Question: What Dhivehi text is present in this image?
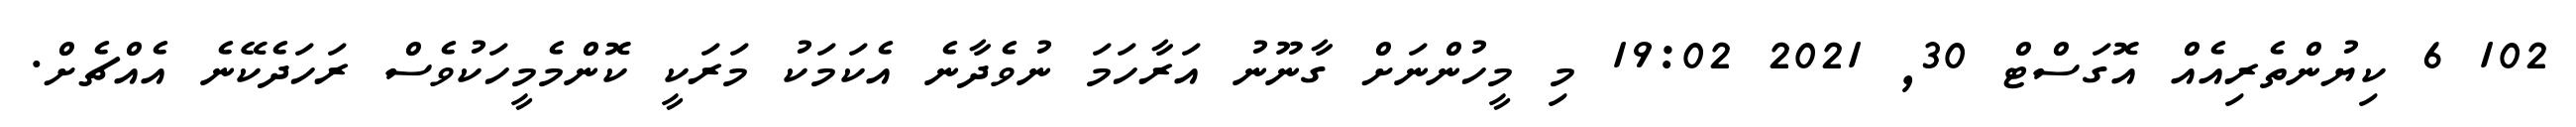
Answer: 102 6 ކިޔުންތެރިއެއް އޮގަސްޓް 30, 2021 19:02 މި މީހުންނަށް ގާނޫނު އަރާހަމަ ނުވެދާނެ އެކަމަކު މަރަކީ ކޮންމެމީހަކުވެސް ރަހަދެކޭނެ އެއްޗެށް.